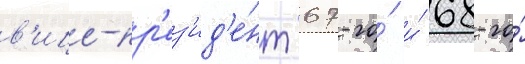
в'ице-пр'ез'ид'е́нт 67-го́ и́ 68-го́